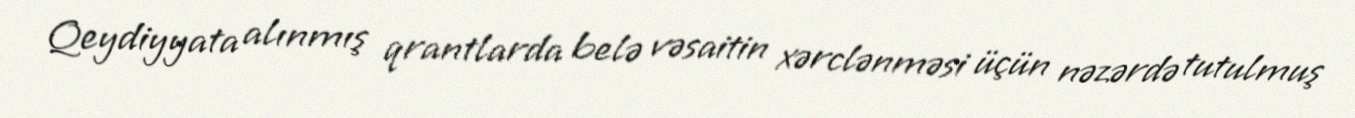
Qeydiyyata alınmış qrantlarda belə vəsaitin xərclənməsi üçün nəzərdə tutulmuş